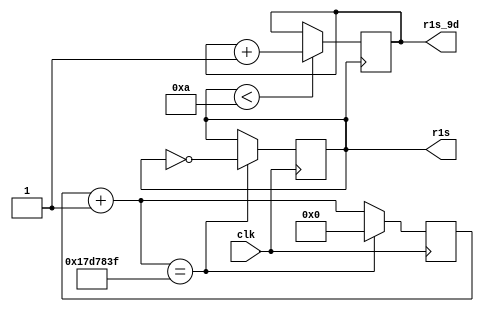
module P2_Contador1seg (input clk, output reg[3:0] r1s_9d, output reg r1s);

reg[24:0] cuenta;

always @(negedge clk)
begin
	cuenta=cuenta+1;
	if (cuenta==25'd24999999)
	begin
		cuenta=25'd0;
		r1s=~r1s;
	end
end


always @(negedge r1s)
begin
	if (r1s<10)
	begin
	r1s_9d=r1s_9d+1;
	end
	
	if (r1s==10)
	begin
	r1s_9d=0;
	end
end

initial
begin
r1s_9d=0;
r1s=0;
cuenta=0;//solo es necesario para simulacion cuando se usan registros
end

endmodule